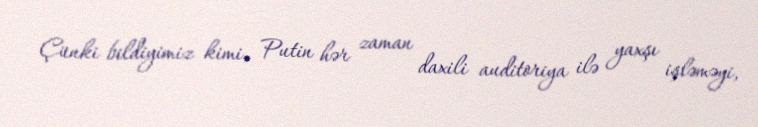
Çünki bildiyimiz kimi, Putin hər zaman daxili auditoriya ilə yaxşı işləməyi,